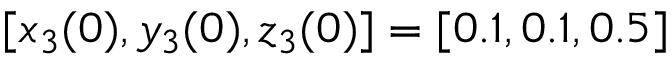
[ x _ { 3 } ( 0 ) , y _ { 3 } ( 0 ) , z _ { 3 } ( 0 ) ] = [ 0 . 1 , 0 . 1 , 0 . 5 ]